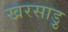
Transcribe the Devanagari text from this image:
खरसाड़ु